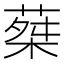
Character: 𦵴